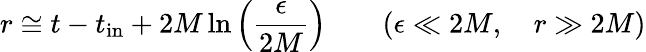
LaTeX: r\cong t-t_{\mathrm{in}}+2M\ln\left({\frac{\epsilon}{2M}}\right)\qquad(\epsilon\ll 2M,\quad r\gg 2M)